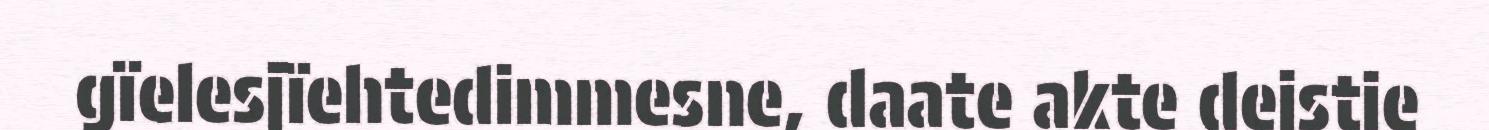
gïelesjïehtedimmesne, daate akte dejstie